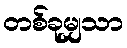
တစ်ခုမျှသာ